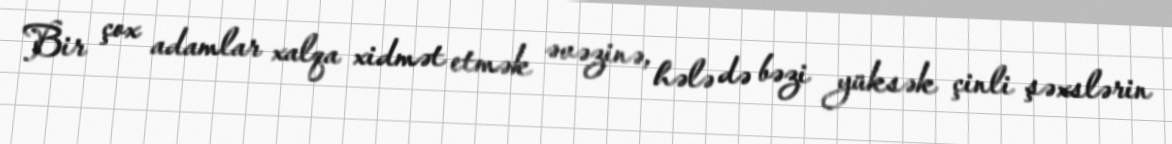
Bir çox adamlar xalqa xidmət etmək əvəzinə, hələ də bəzi yüksək çinli şəxslərin